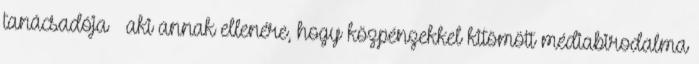
tanácsadója – aki annak ellenére, hogy közpénzekkel kitömött médiabirodalma